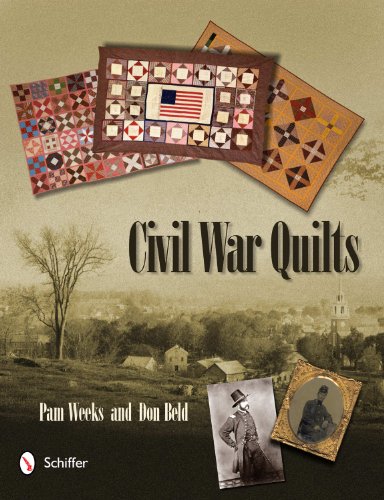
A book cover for Civil War Quilts; Pam Weeks; Humor & Entertainment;